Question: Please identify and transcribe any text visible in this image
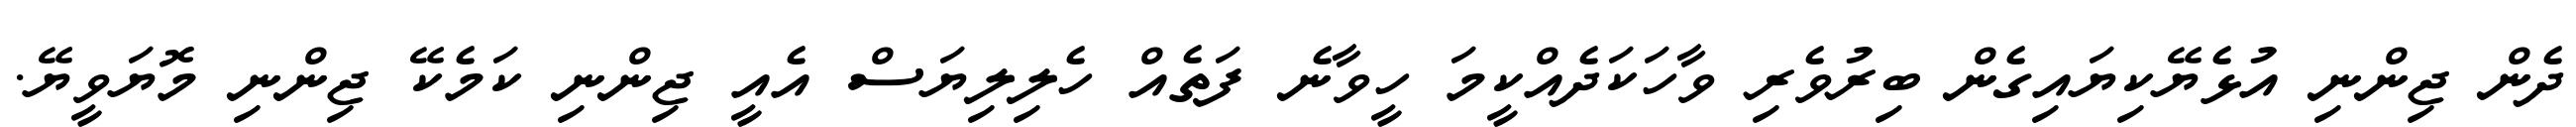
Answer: ދެން ޖިންނި އުޅެޔޭކިޔައިގެން ބިރުވެރި ވާހަކަދެއްކީމަ ހީވާނެ ފަތެއް ހެލިލިޔަސް އެއީ ޖިންނި ކަމެކޭ ޖިންނި މޮޔަވީޔޭ.